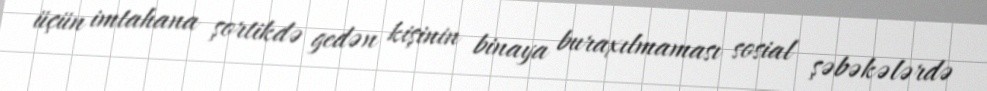
üçün imtahana şortikdə gedən kişinin binaya buraxılmaması sosial şəbəkələrdə